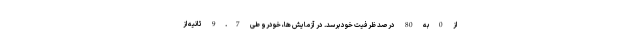
از 0 به 80 درصد ظرفیت خود برسد. در آزمایش ها، خودرو طی 9.7 ثانیه از